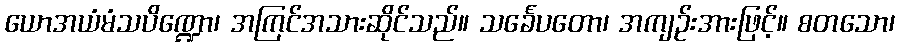
ယောအယံမံသပိဏ္ဍော၊ အကြင်အသားဆိုင်သည်။ သင်္ခေပတော၊ အကျဉ်းအားဖြင့်။ စတသော၊